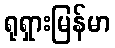
ရုရှားမြန်မာ